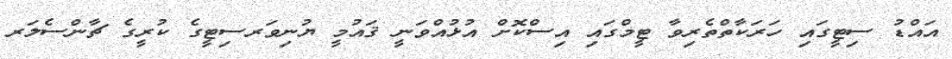
އައްޑު ސިޓީގައި ހަރަކާތްތެރިވާ ޓީމްގައި އިސްކޮށް އުޅުއްވަނީ ޤައުމީ ޔުނިވަރސިޓީގެ ކުރީގެ ޗާންސެލަރ